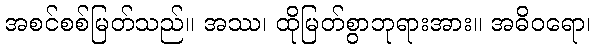
အစင်စစ်မြတ်သည်။ အဿ၊ ထိုမြတ်စွာဘုရားအား။ အဓိဝရော၊